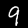
Label: 9